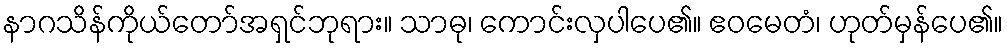
နာဂသိန်ကိုယ်တော်အရှင်ဘုရား။ သာဓု၊ ကောင်းလှပါပေ၏။ ဧဝမေတံ၊ ဟုတ်မှန်ပေ၏။